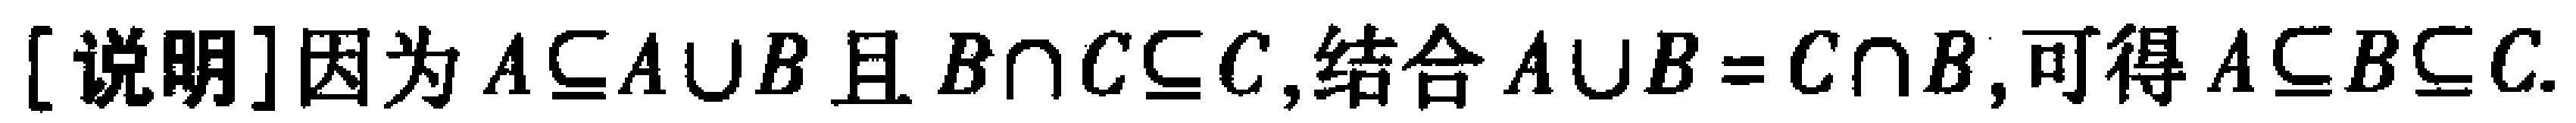
[说明]因为$A\subseteq A\cup B$且$B\cap C\subseteq C$,结合$A\cup B = C\cap B$,可得$A\subseteq B\subseteq C$.